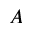
\boldsymbol { A }